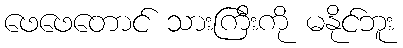
ဖေဖေတောင် သားကြီးကို မနိုင်ဘူး